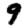
Digit: 9